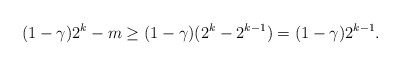
\begin{align*}(1- \gamma)2^k - m \geq (1 - \gamma)(2^ k - 2^{k-1}) = (1 - \gamma)2^{k-1}.\end{align*}